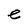
Character: e